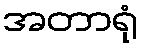
အတာရုံ